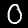
Digit: 0